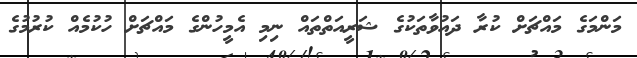
މަންމަގެ މައްޗަށް ކުރާ ދައުވާތަކުގެ ޝަރީއަތްތައް ނިމި އެމީހުންގެ މައްޗަށް ހުކުމެއް ކުރުމުގެ